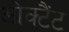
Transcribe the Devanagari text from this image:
ओक्टैंट